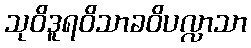
သုဝိဒူရဝိသာခဝိပလ္လာသာ